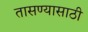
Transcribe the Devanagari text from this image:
तासण्यासाठी